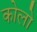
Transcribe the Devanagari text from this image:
कोलो